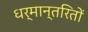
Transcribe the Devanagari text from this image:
धर्मान्तरितों